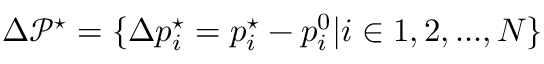
\Delta \mathcal { P } ^ { \star } = \{ \Delta p _ { i } ^ { \star } = p _ { i } ^ { \star } - p _ { i } ^ { 0 } | i \in 1 , 2 , . . . , N \}